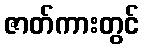
ဇာတ်ကားတွင်